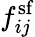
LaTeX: f_{ij}^{\mathrm{sf}}